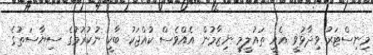
މިނިސްޓަރު ވިދާޅުވީ އެއީ ތައުލީމީ ނިޒާމުން އެއްވެސް ކުއްޖަކު ބާކީ ނުކުރުމުގެ ސިޔާސަތުގެ